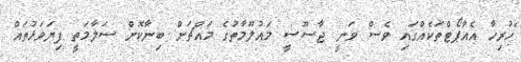
"ހުރިހާ އެއާޕޯޓްތަކެއްގައި ވެސް ވަނީ ޖާސޫސީ މައުލޫމާތުގެ މައްޗަށް ބިނާކޮށް ސަލާމަތީ ފިޔަވަޅުތައް